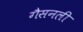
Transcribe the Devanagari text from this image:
गैसनली